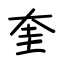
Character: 奎